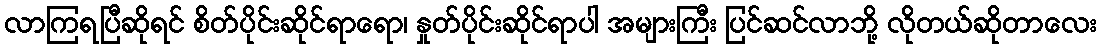
လာကြရပြီဆိုရင် စိတ်ပိုင်းဆိုင်ရာရော၊ နှုတ်ပိုင်းဆိုင်ရာပါ အများကြီး ပြင်ဆင်လာဘို့ လိုတယ်ဆိုတာလေး